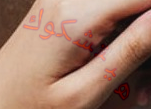
هيتشكوك